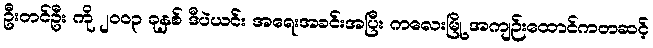
ဦးတင်ဦး ကို ၂၀၀၃ ခုနှစ် ဒီပဲယင်း အရေးအခင်းအပြီး ကလေးမြို့ အကျဉ်းထောင်ကတဆင့်